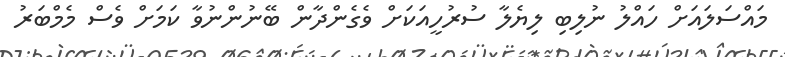
މައްސަލައަށް ހައްލު ނުލިބި ލިޔެލާ ސުރުހީއަކަށް ވެގެންދާން ބޭނުންނުވާ ކަމަށް ވެސް މެމްބަރު